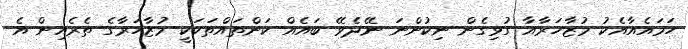
ހަމައެއާއެކު މުޒާހަރާއާ ގުޅިގެން ނިކުންނަ ނޭދެވޭ ބައެއް ކަންތައްތަކަކީ މުޒާހަރާގެ ތެރެއިން އެ